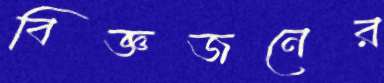
বিজ্ঞজনের